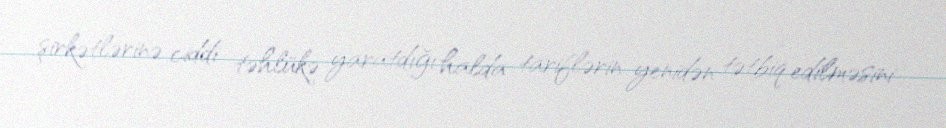
şirkətlərinə ciddi təhlükə yaratdığı halda tariflərin yenidən tətbiq edilməsini